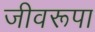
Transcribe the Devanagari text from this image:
जीवरूपा